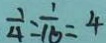
\frac { 1 } { 4 } : \frac { 1 } { 1 6 } = 4